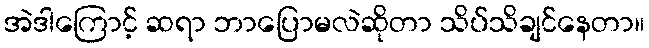
အဲဒါကြောင့် ဆရာ ဘာပြောမလဲဆိုတာ သိပ်သိချင်နေတာ။